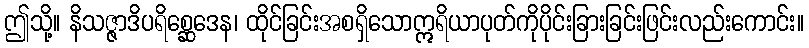
ဤသို့။ နိသဇ္ဇာဒိပရိစ္ဆေဒေန၊ ထိုင်ခြင်းအစရှိသောဣရိယာပုတ်ကိုပိုင်းခြားခြင်းဖြင်းလည်းကောင်း။